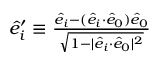
\begin{array} { r } { \hat { e } _ { i } ^ { \prime } \equiv \frac { \hat { e } _ { i } - ( \hat { e } _ { i } { \cdot } \hat { e } _ { 0 } ) \hat { e } _ { 0 } } { \sqrt { 1 - | \hat { e } _ { i } { \cdot } \hat { e } _ { 0 } | ^ { 2 } } } } \end{array}